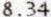
8.34